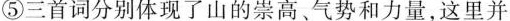
⑤三首词分别体现了山的崇高、气势和力量，这里并